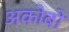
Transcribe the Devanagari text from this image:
अकोबो